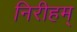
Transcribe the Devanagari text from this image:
निरीहम्